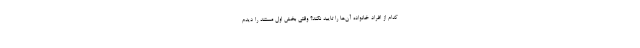
کدام از افراد خانواده آن‌ها را تایید نکند؟ وقتی بخش اول مستند را دیدم